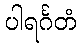
ပါရင်္ဂတံ